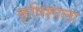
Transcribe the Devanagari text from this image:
कृषिशाला